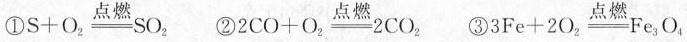
①$$S + O _ { 2 } \xlongequal [ ] { 点 燃 } S O _ { 2 }$$ ②$$2 C O + O _ { 2 } \xlongequal [ ] { 点 燃 } 2 C O _ { 2 }$$ ③$$3 F e + 2 O _ { 2 } \xlongequal [ ] { 点 燃 } F e _ { 3 } O _ { 4 }$$